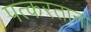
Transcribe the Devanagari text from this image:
पत्करताना